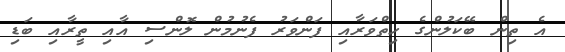
އެ ތިން ބޭކަލުންގެ ހިތްވަރާއި ފަންވަރު ފެނުމުން ލޮންސި އާއި ތީރާއި ބަޑި